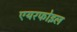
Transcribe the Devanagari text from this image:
एयरफोइल